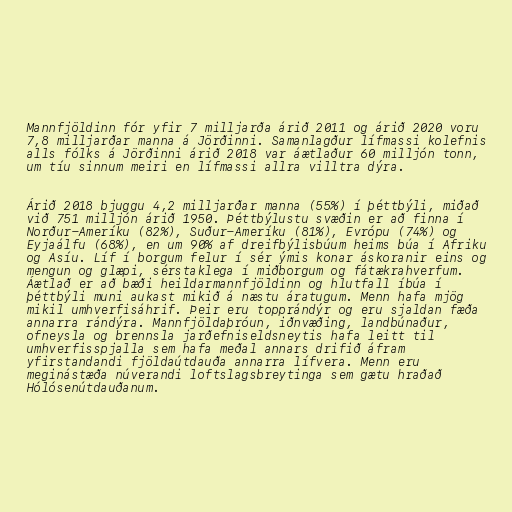
Mannfjöldinn fór yfir 7 milljarða árið 2011 og árið 2020 voru
7,8 milljarðar manna á Jörðinni. Samanlagður lífmassi kolefnis
alls fólks á Jörðinni árið 2018 var áætlaður 60 milljón tonn,
um tíu sinnum meiri en lífmassi allra villtra dýra.

Árið 2018 bjuggu 4,2 milljarðar manna (55%) í þéttbýli, miðað
við 751 milljón árið 1950. Þéttbýlustu svæðin er að finna í
Norður-Ameríku (82%), Suður-Ameríku (81%), Evrópu (74%) og
Eyjaálfu (68%), en um 90% af dreifbýlisbúum heims búa í Afriku
og Asíu. Líf í borgum felur í sér ýmis konar áskoranir eins og
mengun og glæpi, sérstaklega í miðborgum og fátækrahverfum.
Áætlað er að bæði heildarmannfjöldinn og hlutfall íbúa í
þéttbýli muni aukast mikið á næstu áratugum. Menn hafa mjög
mikil umhverfisáhrif. Þeir eru topprándýr og eru sjaldan fæða
annarra rándýra. Mannfjöldaþróun, iðnvæðing, landbúnaður,
ofneysla og brennsla jarðefniseldsneytis hafa leitt til
umhverfisspjalla sem hafa meðal annars drifið áfram
yfirstandandi fjöldaútdauða annarra lífvera. Menn eru
meginástæða núverandi loftslagsbreytinga sem gætu hraðað
Hólósenútdauðanum.